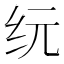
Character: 𰫾